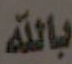
بالله